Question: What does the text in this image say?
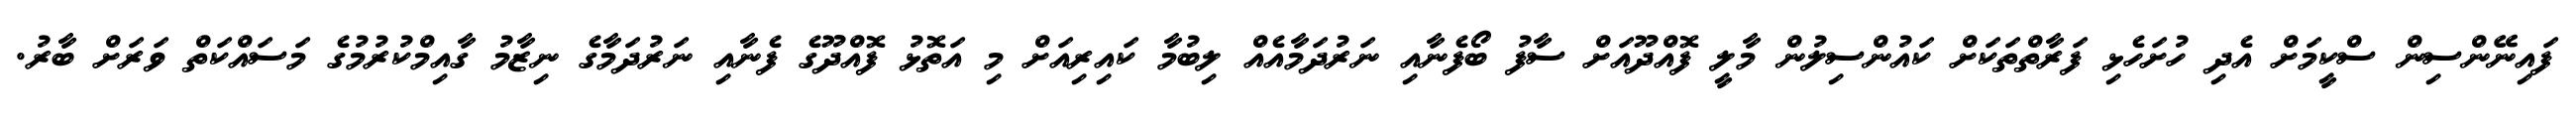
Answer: ފައިނޭންސިން ސްކީމަށް އެދި ހުށަހެޅި ފަރާތްތަކަށް ކައުންސިލުން މާލީ ފޮއްދޫއަށް ސާފު ބޯފެނާއި ނަރުދަމާއެއް ލިބުމާ ކައިރިއަށް މި އަތޮޅު ފޮއްދޫގެ ފެނާއި ނަރުދަމާގެ ނިޒާމު ގާއިމްކުރުމުގެ މަސައްކަތް ވަރަށް ބާރު.